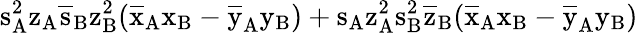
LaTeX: \mathrm{s_{A}^{2}\mathrm{z_{A}\mathrm{\overline{{s}}_{B}\mathrm{z_{B}^{2}(\mathrm{\overline{{x}}_{A}\mathrm{x_{B}-\mathrm{\overline{{y}}_{A}\mathrm{y_{B})+\mathrm{s_{A}\mathrm{z_{A}^{2}\mathrm{s_{B}^{2}\mathrm{\overline{{z}}_{B}(\mathrm{\overline{{x}}_{A}\mathrm{x_{B}-\mathrm{\overline{{y}}_{A}\mathrm{y_{B})}}}}}}}}}}}}}}}}